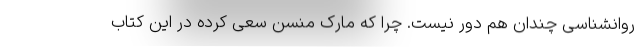
روانشناسی چندان هم دور نیست. چرا که مارک منسن سعی کرده در این کتاب